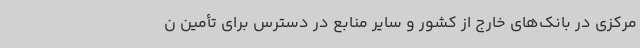
مرکزی در بانک‌های خارج از کشور و سایر منابع در دسترس برای تأمین ن